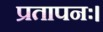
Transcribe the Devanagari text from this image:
प्रतापनः।